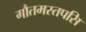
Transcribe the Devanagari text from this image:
गौतमस्तपसि